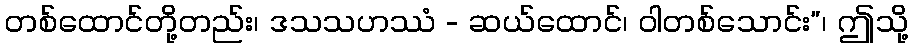
တစ်ထောင်တို့တည်း၊ ဒသသဟဿံ - ဆယ်ထောင်၊ ဝါတစ်သောင်း”၊ ဤသို့